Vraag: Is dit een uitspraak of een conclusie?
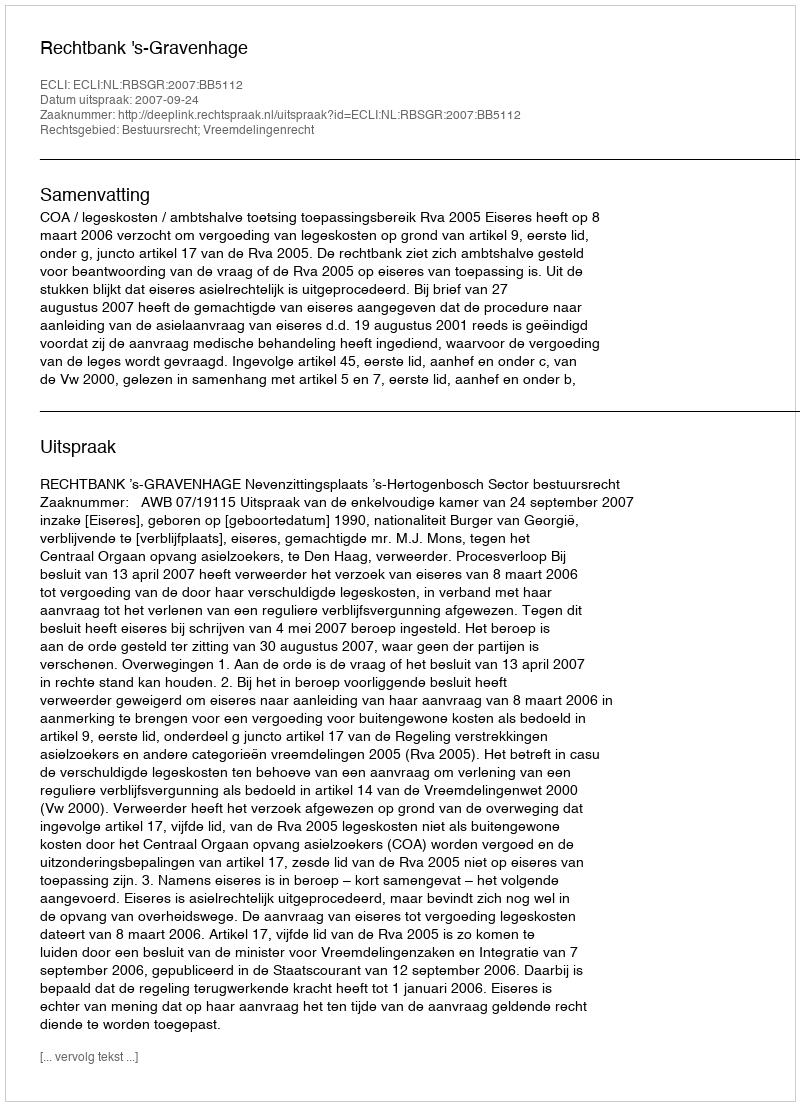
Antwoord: Uitspraak